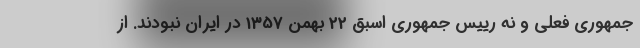
جمهوری فعلی و نه رییس جمهوری اسبق 22 بهمن 1357 در ایران نبودند. از